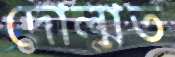
দোলাত